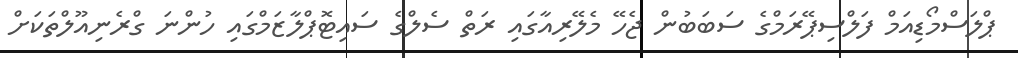
ޕްލަސްމޯޑިއަމް ފަލްސިޕޭރަމްގެ ސަބަބުން ޖެހޭ މެލޭރިއާގައި ރަތް ސެލްގެ ސައިޓޮޕްލާޒަމްގައި ހުންނަ ގްރެނިއޫލްތަކަށް